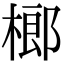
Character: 榔